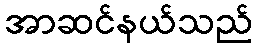
အာဆင်နယ်သည်